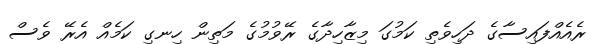
ރެއެއްފައިސާގެ ދަހިވެތި ކަމުގަ މިޒާހިދާގެ ރޭވުމުގެ މަތިން ހިނގި ކަމެއް އެރޭ ވެސް